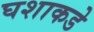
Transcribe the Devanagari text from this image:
घशाकडे